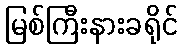
မြစ်ကြီးနားခရိုင်